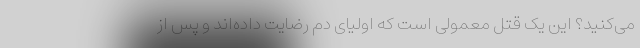
می‌کنید؟ این یک قتل معمولی است که اولیای دم رضایت داده‌اند و پس از